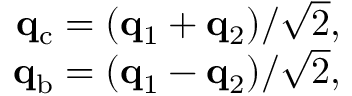
\begin{array} { r } { \mathbf { q } _ { \mathrm { c } } = ( \mathbf { q } _ { 1 } + \mathbf { q } _ { 2 } ) / \sqrt { 2 } , } \\ { \mathbf { q } _ { \mathrm { b } } = ( \mathbf { q } _ { 1 } - \mathbf { q } _ { 2 } ) / \sqrt { 2 } , } \end{array}